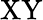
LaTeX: \mathrm{XY}